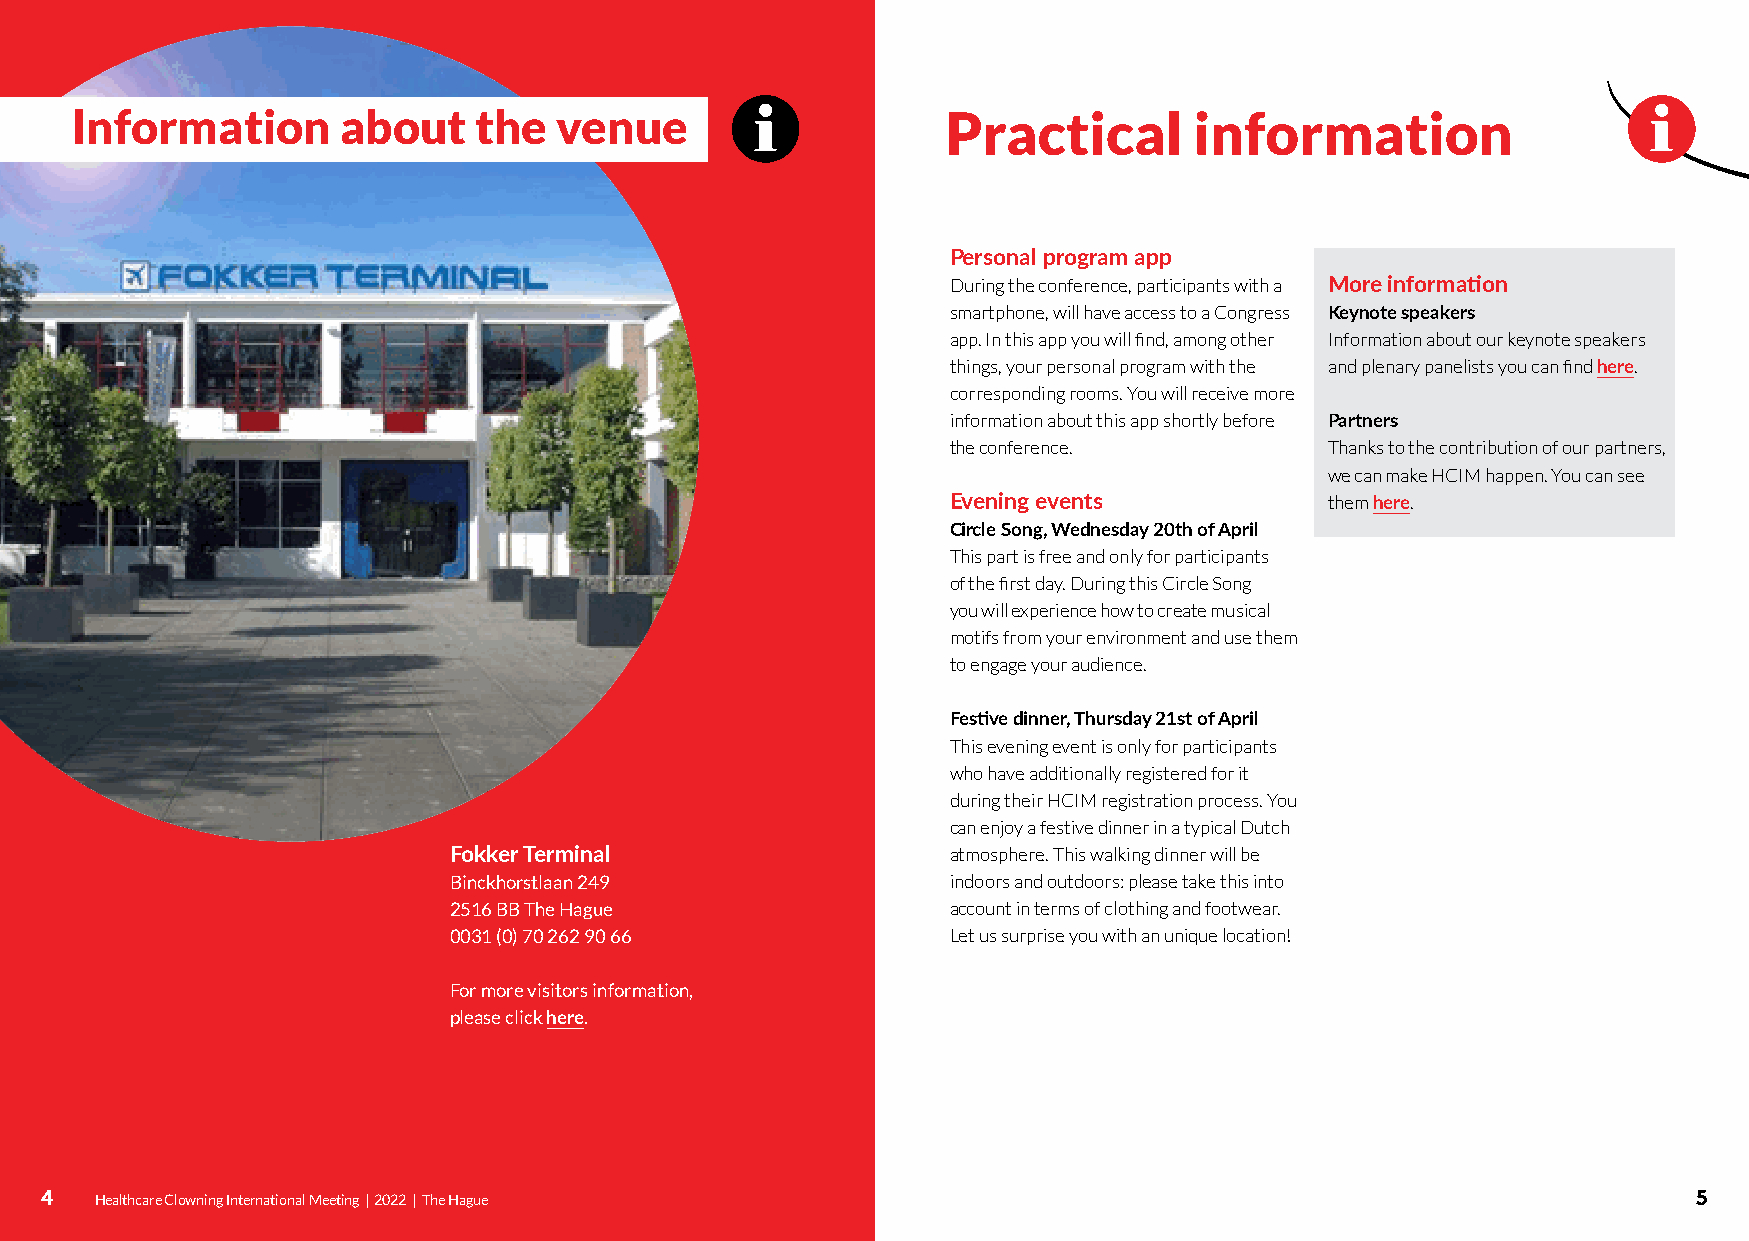
Information      about    the   venue                     Practical       information
 Personal program app
 During the conference, participants with a More information
 smartphone, will have access to a Congress Keynote speakers
 app. In this app you will find, among other Information about our keynote speakers
 things, your personal program with the and plenary panelists you can find here.
 corresponding rooms. You will receive more
 information about this app shortly before Partners
 the conference.          Thanks to the contribution of our partners,
 we can make HCIM happen. You can see
 Evening events           them here.
 Circle Song, Wednesday 20th of April
 This part is free and only for participants
 of the first day. During this Circle Song
 you will experience how to create musical
 motifs from your environment and use them
 to engage your audience.
 Festive dinner, Thursday 21st of April
 This evening event is only for participants
 who have additionally registered for it
 during their HCIM registration process. You
 can enjoy a festive dinner in a typical Dutch
 Fokker Terminal                  atmosphere. This walking dinner will be
 Binckhorstlaan 249               indoors and outdoors: please take this into
 2516 BB The Hague                account in terms of clothing and footwear.
 0031 (0) 70 262 90 66            Let us surprise you with an unique location!
 For more visitors information,
 please click here.
 44 HeaHltehacltahrcea Crelo Cwlnoiwngn iInngt eInrnteartnioantaiol nMael Meteinegt i n| g2 0| 2 220 2| 2 T h| e T Hhea gHuaegue 5